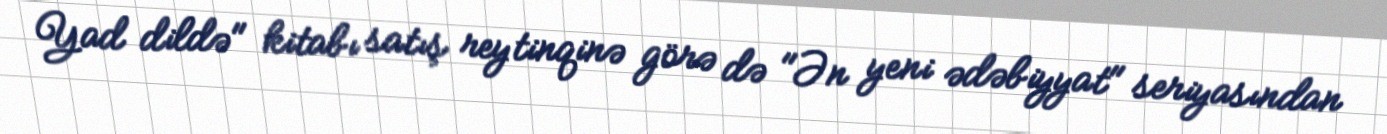
Yad dildə" kitabı satış reytinqinə görə də "Ən yeni ədəbiyyat" seriyasından